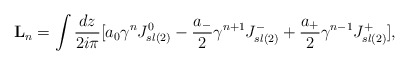
\begin{align*}{\bf L}_{n}=\int {dz\over {2i\pi}}\lbrack a_{0}{{\gamma}^{n}}J_{sl(2)}^{0}- { a_{-}\over 2} {{\gamma}^{n+1}}J_{sl(2)}^{-}+ { a_{+}\over 2} {{\gamma}^{n-1}}J_{sl(2)}^{+}\rbrack,\end{align*}